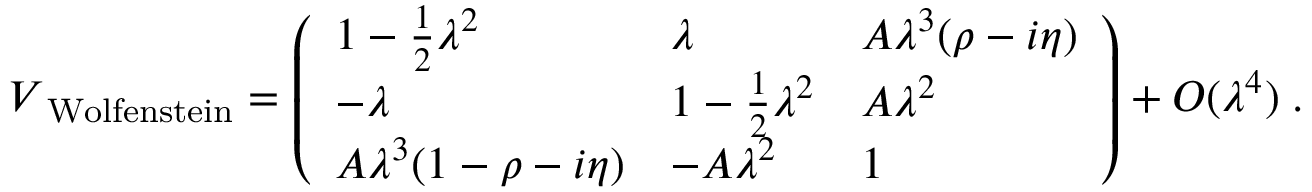
V _ { \mathrm { \footnotesize ~ W o l f e n s t e i n } } = \left( \begin{array} { l l l } { { 1 - \frac { 1 } { 2 } \lambda ^ { 2 } } } & { { \lambda } } & { { A \lambda ^ { 3 } ( \rho - i \eta ) } } \\ { { - \lambda } } & { { 1 - \frac { 1 } { 2 } \lambda ^ { 2 } } } & { { A \lambda ^ { 2 } } } \\ { { A \lambda ^ { 3 } ( 1 - \rho - i \eta ) } } & { { - A \lambda ^ { 2 } } } & { { 1 } } \end{array} \right) + { \cal { O } } ( \lambda ^ { 4 } ) \; .